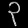
Digit: ၃